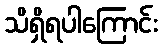
သိရှိရပါကြောင်း